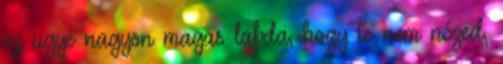
ez ugye nagyon magas labda, hogy te nem nézed,